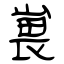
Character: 嵔